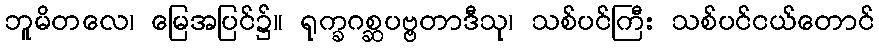
ဘူမိတလေ၊ မြေအပြင်၌။ ရုက္ခဂစ္ဆပဗ္ဗတာဒီသု၊ သစ်ပင်ကြီး သစ်ပင်ငယ်တောင်